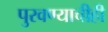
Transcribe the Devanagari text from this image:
पुरवण्याचीही